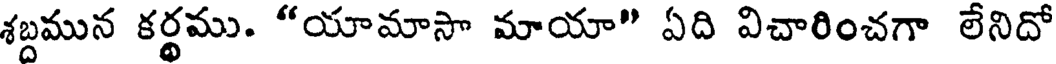
శబ్దమున కర్థము. "యామాసా మాయా" ఏది విచారించగా లేనిదో